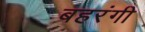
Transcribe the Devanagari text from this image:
बहरंगी